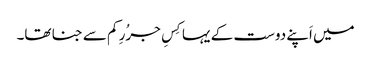
میں اَپنے دوست کے یہا کِسِ جرُرِ کم سے جنا تھا۔